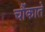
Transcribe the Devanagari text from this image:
चौंकाते